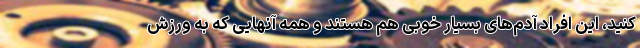
کنید، این افراد آدم‌های بسیار خوبی هم هستند و همه آنهایی که به ورزش